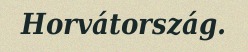
Horvátország.